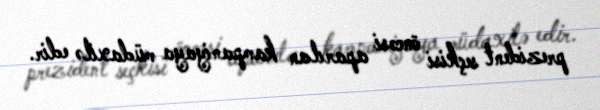
prezident seçkisi öncəsi aparılan kampaniyaya müdaxilə edir.